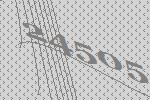
24505